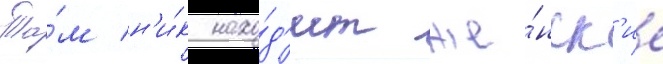
Та́м н'и́к нахо́д'ит же́нск'ие